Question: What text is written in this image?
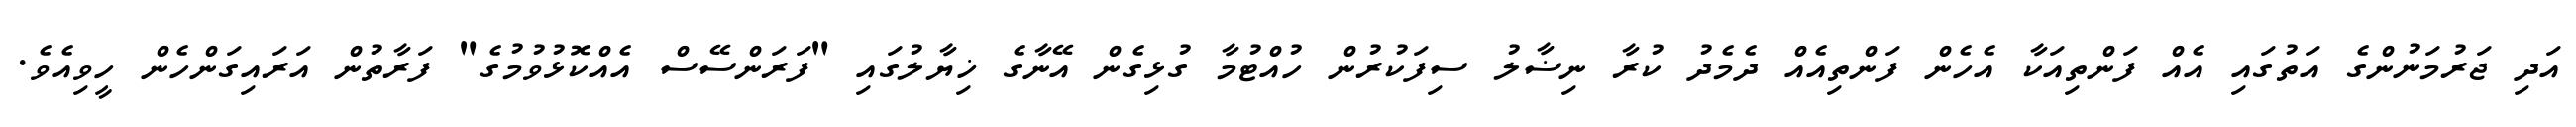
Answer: އަދި ޖަރުމަނުންގެ އަތުގައި އެއް ފަންތިއަކާ އެހެން ފަންތިއެއް ދެމެދު ކުރާ ނިޟާލު ސިފަކުރުން ހުއްޓުމާ ގުޅިގެން އޭނާގެ ޚިޔާލުގައި "ފަރަންސޭސް އެއްކޮޅުވުމުގެ" ފަރާތުން އަރައިގަންހެން ހީވިއެވެ.